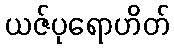
ယဇ်ပုရောဟိတ်